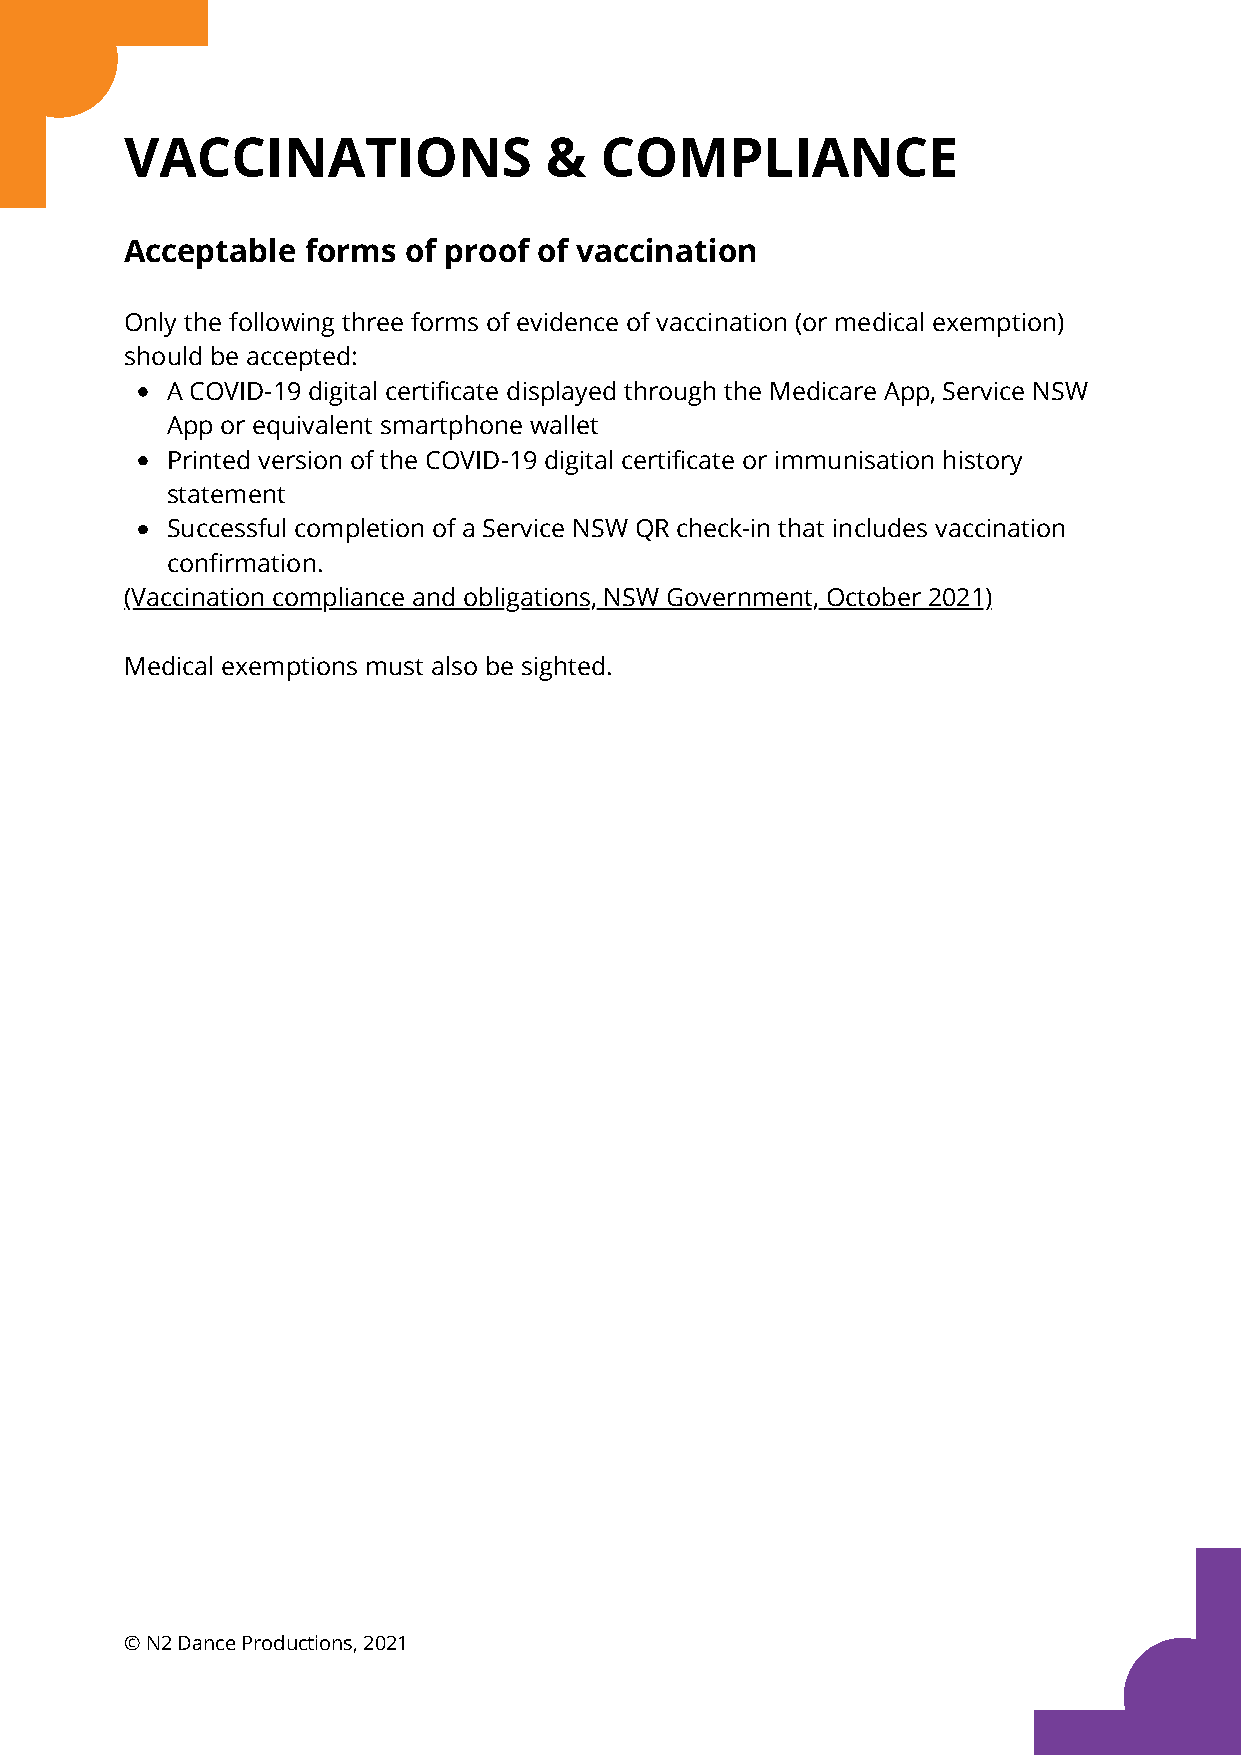
VACCINATIONS                &   COMPLIANCE
 Acceptable  forms  of proof of vaccination
 Only the following three forms of evidence of vaccination (or medical exemption)
 should be accepted:
 A COVID-19 digital certificate displayed through the Medicare App, Service NSW
 App or equivalent smartphone wallet
 Printed version of the COVID-19 digital certificate or immunisation history
 statement
 Successful completion of a Service NSW QR check-in that includes vaccination
 confirmation.
 (Vaccination compliance and obligations, NSW Government, October 2021)
 Medical exemptions must also be sighted.
 © N2 Dance Productions, 2021